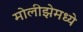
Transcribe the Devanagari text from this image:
मोलीझेमध्ये